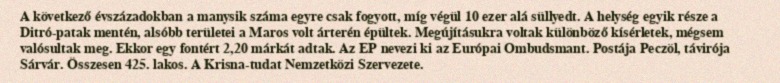
A következő évszázadokban a manysik száma egyre csak fogyott, míg végül 10 ezer alá süllyedt. A helység egyik része a Ditró-patak mentén, alsóbb területei a Maros volt árterén épültek. Megújításukra voltak különböző kísérletek, mégsem valósultak meg. Ekkor egy fontért 2,20 márkát adtak. Az EP nevezi ki az Európai Ombudsmant. Postája Peczöl, távirója Sárvár. Összesen 425. lakos. A Krisna-tudat Nemzetközi Szervezete.